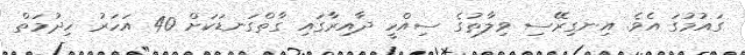
ގައުމުގަ އެވެ. އިނގިރޭސި ވިލާތުގެ ސިއްހީ ދާއިރާގައި ގާތްގަނޑަކަށް 40 އަހަރު ހިދުމަތް